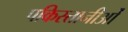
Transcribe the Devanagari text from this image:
पकिस्तानीओं